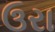
ઉરા